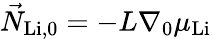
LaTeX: \vec{N}_{\mathrm{Li},0}=-L\nabla_{0}\mu_{\mathrm{Li}}